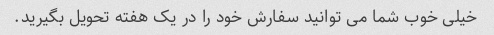
خیلی خوب شما می توانید سفارش خود را در یک هفته تحویل بگیرید.